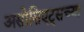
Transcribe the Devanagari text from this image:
असोसिएट्सच्या